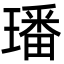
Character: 璠